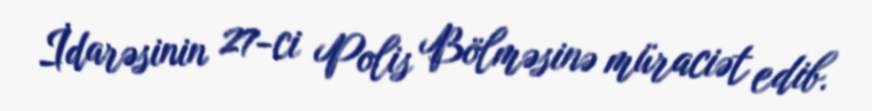
İdarəsinin 27-ci Polis Bölməsinə müraciət edib.